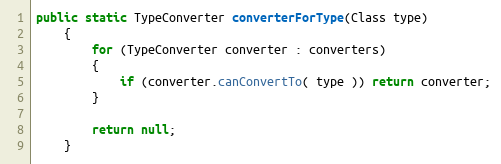
Language: Java
public static TypeConverter converterForType(Class type)
    {
        for (TypeConverter converter : converters)
        {
            if (converter.canConvertTo( type )) return converter;
        }

        return null;
    }